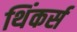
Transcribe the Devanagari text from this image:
थिंकर्स